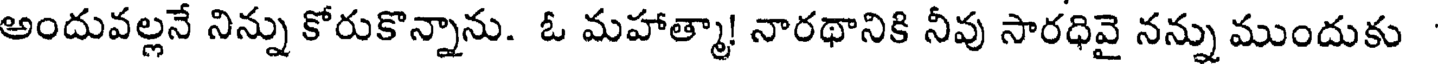
అందువల్లనే నిన్ను కోరుకొన్నాను. ఓ మహాత్మా! నారథానికి నీవు సారధివై నన్ను ముందుకు